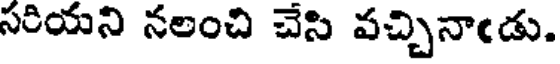
సరియని నలంచి చేసి వచ్చినాఁడు.